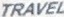
TRAVEL